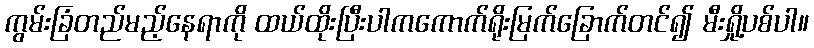
ကွမ်းခြံတည်မည့်နေရာကို ထယ်ထိုးပြီးပါကကောက်ရိုးမြက်ခြောက်တင်၍ မီးရှို့ပစ်ပါ။